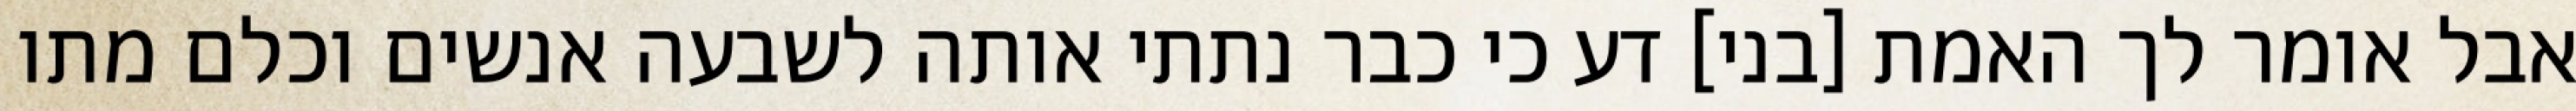
אבל אומר לך האמת [בני] דע כי כבר נתתי אותה לשבעה אנשים וכלם מתו